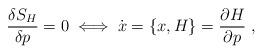
LaTeX: \begin{align*}\frac{\delta S_{H}}{\delta p}=0 \;\Longleftrightarrow \;\dot{x}=\{x,H\}=\frac{\partial H}{\partial p} \; ,\end{align*}